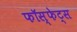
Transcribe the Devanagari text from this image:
फॉस्फेट्स